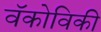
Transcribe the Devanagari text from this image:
वॅकोविकी